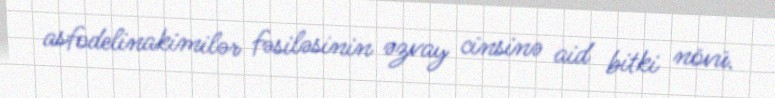
asfodelinakimilər fəsiləsinin əzvay cinsinə aid bitki növü.